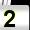
Digit: 2